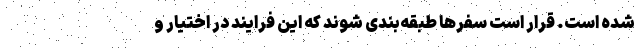
شده است. قرار است سفرها طبقه‌بندی شوند که این فرایند در اختیار و